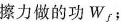
擦力做的功W_{f}；